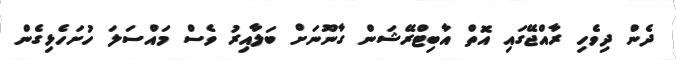
ދެން ދިވެހި ރާއްޖޭގައި އޮތް އާބިޓްރޭޝަން ގާނޫނަށް ބަލާއިރު ވެސް މައްސަލަ ހުށަހެޅިގެން